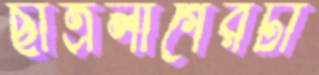
ছাত্রলীগেরটা